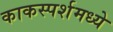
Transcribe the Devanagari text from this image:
काकस्पर्शमध्ये